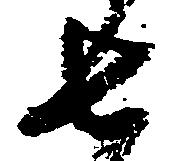
七